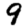
Digit: 9